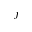
_ { f }